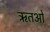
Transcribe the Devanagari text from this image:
ऋतओं